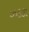
ઝડકા